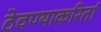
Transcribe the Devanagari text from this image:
ठेवण्याकरितां